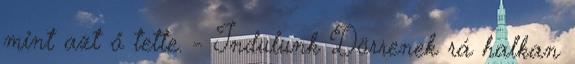
mint azt ő tette. - Indulunk Dörrenek rá halkan